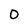
Character: O